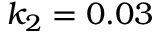
k _ { 2 } = 0 . 0 3